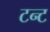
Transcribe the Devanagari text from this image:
टन्ट